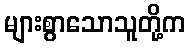
များစွာသောသူတို့က